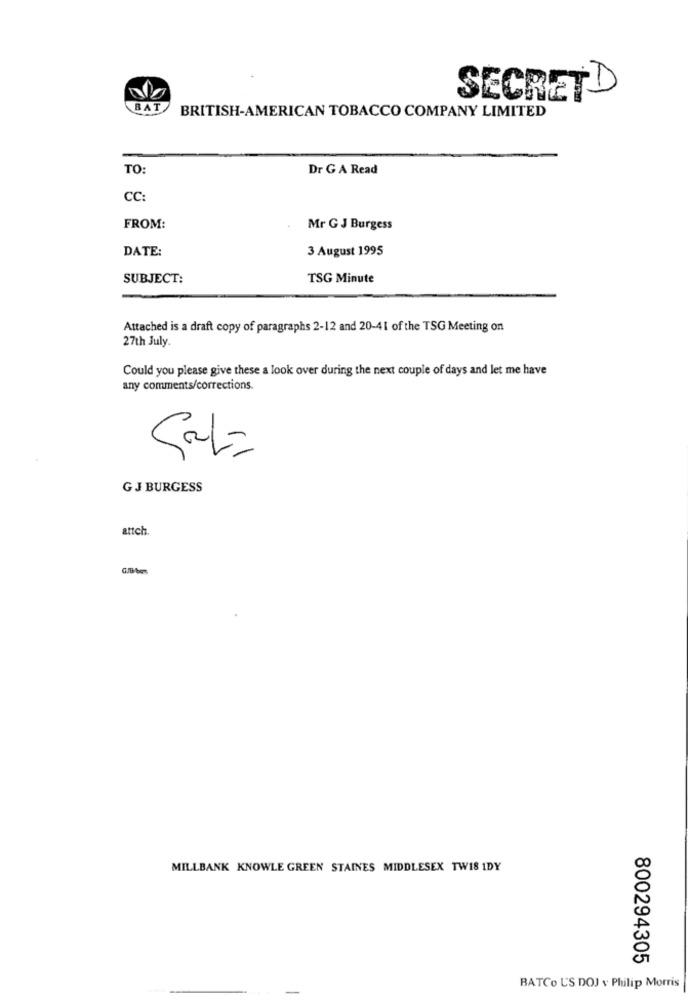
SECRETD
BAT
BRITISH-AMERICAN TOBACCO COMPANY LIMITED
TO:
Dr G A Read
CC
FROM:
Mr G J Burgess
DATE:
3 August 1995
SUBJECT:
TSG Minute
Attached is a draft copy of paragraphs 2-12 and 20-41 of the TSG Meeting on
27th July.
Could you please give these a look over during the next couple of days and let me have
any comments/corrections.
GJ BURGESS
attch.
MILLBANK KNOWLE GREEN STAINES MIDDLESEX TW18 1DY
800294305
BATCo U'S DOJ v Plulip Morris